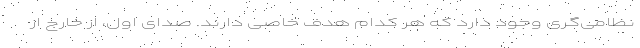
نظامی‌گری وجود دارد که هر کدام هدف خاصی دارند. صدای اول، از خارج از